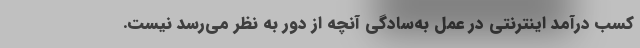
کسب درآمد اینترنتی در عمل به‌سادگی آنچه از دور به نظر می‌رسد نیست.